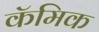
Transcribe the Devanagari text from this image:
कॅमिक